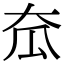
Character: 𡗷